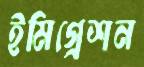
ইমিগ্রেশন